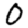
Digit: 0